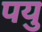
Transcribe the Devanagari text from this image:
पयु